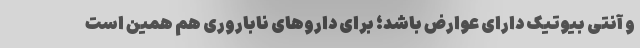
و آنتی بیوتیک دارای عوارض باشد؛ برای داروهای ناباروری هم همین است